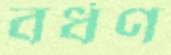
বর্ধণ